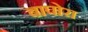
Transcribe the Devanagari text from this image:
बापोरा